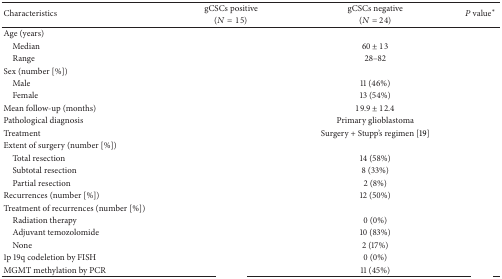
<table><thead><tr><td rowspan="2"><b>Characteristics</b></td><td><b>gCSCs positive</b></td><td><b>gCSCs negative</b></td><td rowspan="2"><b><i>P</i> value<sup>*</sup></b></td></tr><tr><td><b>(<i>N</i> = 15)</b></td><td><b>(<i>N</i> = 24)</b></td></tr></thead><tbody><tr><td>Age (years)</td><td>[EMPTY_CELL]</td><td>[EMPTY_CELL]</td><td>[EMPTY_CELL]</td></tr><tr><td> Median</td><td>[EMPTY_CELL]</td><td>60 ± 13</td><td>[EMPTY_CELL]</td></tr><tr><td> Range</td><td>[EMPTY_CELL]</td><td>28–82</td><td>[EMPTY_CELL]</td></tr><tr><td>Sex (number [%])</td><td>[EMPTY_CELL]</td><td>[EMPTY_CELL]</td><td>[EMPTY_CELL]</td></tr><tr><td> Male</td><td>[EMPTY_CELL]</td><td>11 (46%)</td><td>[EMPTY_CELL]</td></tr><tr><td> Female</td><td>[EMPTY_CELL]</td><td>13 (54%)</td><td>[EMPTY_CELL]</td></tr><tr><td>Mean follow-up (months)</td><td>[EMPTY_CELL]</td><td>19.9 ± 12.4</td><td>[EMPTY_CELL]</td></tr><tr><td>Pathological diagnosis </td><td>[EMPTY_CELL]</td><td>Primary glioblastoma</td><td>[EMPTY_CELL]</td></tr><tr><td>Treatment</td><td>[EMPTY_CELL]</td><td>Surgery + Stupp's regimen [19]</td><td>[EMPTY_CELL]</td></tr><tr><td>Extent of surgery (number [%])</td><td>[EMPTY_CELL]</td><td>[EMPTY_CELL]</td><td>[EMPTY_CELL]</td></tr><tr><td> Total resection</td><td>[EMPTY_CELL]</td><td>14 (58%)</td><td>[EMPTY_CELL]</td></tr><tr><td> Subtotal resection </td><td>[EMPTY_CELL]</td><td>8 (33%)</td><td>[EMPTY_CELL]</td></tr><tr><td> Partial resection</td><td>[EMPTY_CELL]</td><td>2 (8%)</td><td>[EMPTY_CELL]</td></tr><tr><td>Recurrences (number [%])</td><td>[EMPTY_CELL]</td><td>12 (50%)</td><td>[EMPTY_CELL]</td></tr><tr><td>Treatment of recurrences (number [%])</td><td>[EMPTY_CELL]</td><td>[EMPTY_CELL]</td><td>[EMPTY_CELL]</td></tr><tr><td> Radiation therapy</td><td>[EMPTY_CELL]</td><td>0 (0%)</td><td>[EMPTY_CELL]</td></tr><tr><td> Adjuvant temozolomide</td><td>[EMPTY_CELL]</td><td>10 (83%)</td><td>[EMPTY_CELL]</td></tr><tr><td> None</td><td>[EMPTY_CELL]</td><td>2 (17%)</td><td>[EMPTY_CELL]</td></tr><tr><td>1p 19q codeletion by FISH</td><td>[EMPTY_CELL]</td><td>0 (0%)</td><td>[EMPTY_CELL]</td></tr><tr><td>MGMT methylation by PCR </td><td>[EMPTY_CELL]</td><td>11 (45%)</td><td>[EMPTY_CELL]</td></tr></tbody></table>